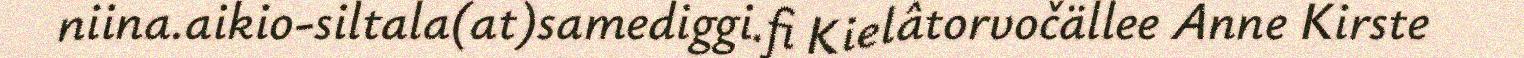
niina.aikio-siltala(at)samediggi.fi Kielâtorvočällee Anne Kirste